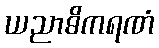
ယညာဓိကရဏံ